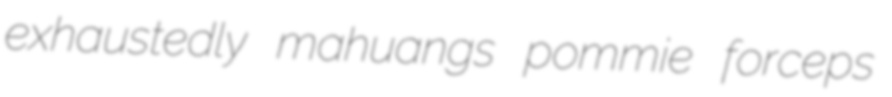
exhaustedly mahuangs pommie forceps